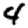
Digit: 4